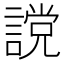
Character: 𧫆